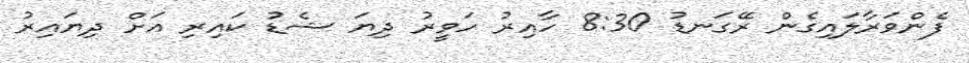
ފެންވަރާލައިގެން ރޭގަނޑު 8:30 ހާއިރު ހަވީރު ދިޔަ ޝެޑުު ކައިރި އަށް ދިޔައިރު